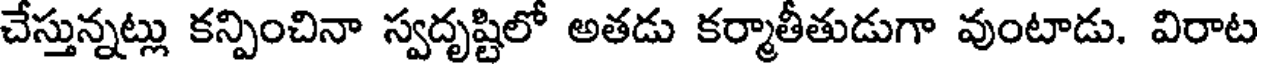
చేస్తున్నట్లు కన్పించినా స్వదృష్టిలో అతడు కర్మాతీతుడుగా వుంటాడు. విరాట